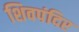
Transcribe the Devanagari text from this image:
शिवपंदिर